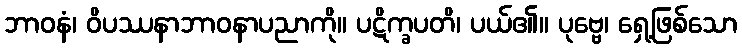
ဘာဝနံ၊ ဝိပဿနာဘာဝနာပညာကို။ ပဋိက္ခပတိ၊ ပယ်၏။ ပုဗ္ဗေ၊ ရှေ့ဖြစ်သော